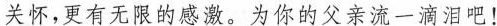
关怀，更有无限的感激。为你的父亲流一滴泪吧!